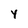
Character: 4